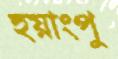
হুয়াংপু